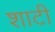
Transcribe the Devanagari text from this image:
शाटी